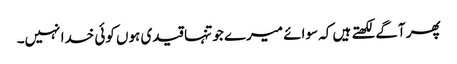
پھر آگے لکھتے ہیں کہ سوائے میرے جو تنہا قیدی ہوں کوئی خدا نہیں۔